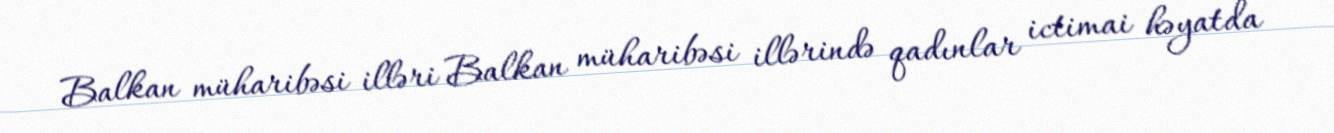
Balkan müharibəsi illəri Balkan müharibəsi illərində qadınlar ictimai həyatda